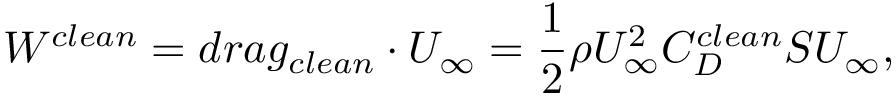
W ^ { c l e a n } = d r a g _ { c l e a n } \cdot U _ { \infty } = \frac { 1 } { 2 } \rho U _ { \infty } ^ { 2 } C _ { D } ^ { c l e a n } S U _ { \infty } ,